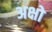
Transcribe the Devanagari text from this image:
अक्षो